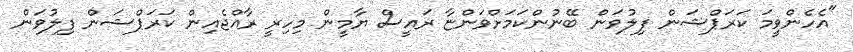
"އެހެންވީމަ ކަރަޕްޝަން ފިލުވަން ބޭނުންކަމަށްވަންޏާ ރައީސް ޔާމީން މިހިރީ ރާއްޖެއިން ކަރަޕްޝަން ފިލުވަން